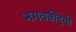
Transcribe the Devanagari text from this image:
भगवतीदेवी